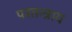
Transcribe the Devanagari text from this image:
परतन्त्राय